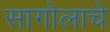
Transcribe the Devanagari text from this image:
सागोलाचे